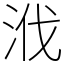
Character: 浌